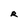
Character: R